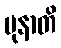
မုနာတိ